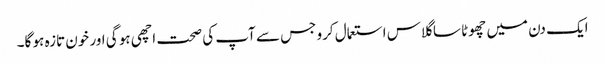
ایک دن میں چھوٹا سا گلاس استعمال کرو جس سے آپ کی صحت اچھی ہو گی اور خون تازہ ہو گا۔